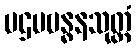
ပဌမဗန္ဓနသုတ္တံ